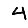
Digit: 4